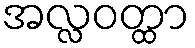
အလ္လဝတ္ထာ